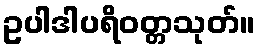
ဥပါဒါပရိဝတ္တသုတ်။